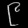
Digit: ၉